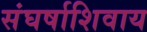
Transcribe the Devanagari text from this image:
संघर्षाशिवाय